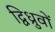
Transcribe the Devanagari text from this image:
द्विध्रुवों